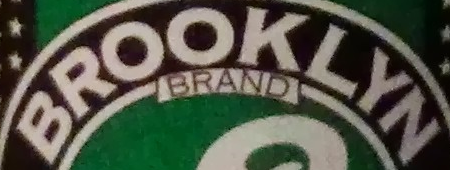
BROOKLYN